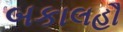
બકાલહૌ